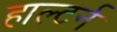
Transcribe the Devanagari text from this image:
हाल्टर्न